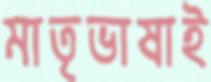
মাতৃভাষাই